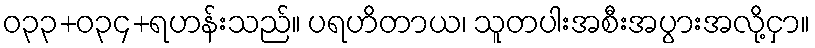
ဝ၃၃+၀၃၄+ရဟန်းသည်။ ပရဟိတာယ၊ သူတပါးအစီးအပွားအလို့ငှာ။